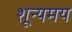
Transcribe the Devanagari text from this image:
शून्यमय